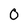
Character: 0